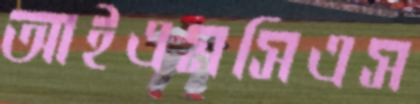
আইএমসিএস